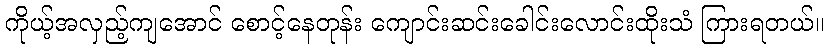
ကိုယ့်အလှည့်ကျအောင် စောင့်နေတုန်း ကျောင်းဆင်းခေါင်းလောင်းထိုးသံ ကြားရတယ်။